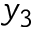
y _ { 3 }